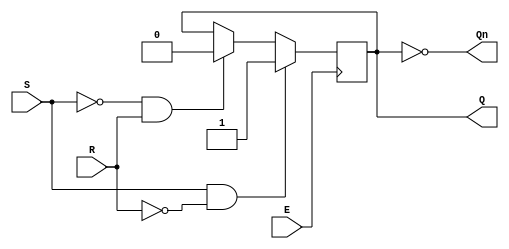
module GatedSRLatch (
    input wire S,       // Set input
    input wire R,       // Reset input
    input wire E,       // Enable input
    output reg Q,       // Output Q
    output wire Qn      // Output Q' (not Q)
);

// Invert Q for Qn output
assign Qn = ~Q;

// Always block to implement the gated SR latch behavior
always @(posedge E) begin
    if (S && !R) begin
        Q <= 1'b1;  // Set Q to 1 if S is high and R is low
    end else if (!S && R) begin
        Q <= 1'b0;  // Reset Q to 0 if S is low and R is high
    end
    // If both S and R are low, maintain the previous state of Q
end

// Initial block for initialization (optional)
initial begin
    Q = 1'b0;  // Initialize Q to 0 (you can change this to 1 if needed)
end

endmodule